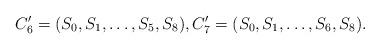
LaTeX: \begin{align*}C'_6=(S_0, S_1, \dots , S_5, S_8), C'_7=(S_0, S_1, \dots , S_6, S_8).\end{align*}